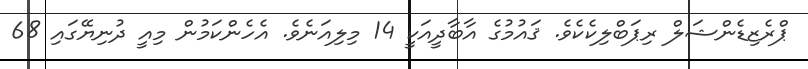
ޕްރެޒިޑެންޝަލް ރިޕަބްލިކެކެވެ. ޤައުމުގެ އާބާދީއަކީ 14 މިލިއަނެވެ. އެހެންކަމުން މިއީ ދުނިޔޭގައި 68